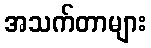
အသက်တာများ